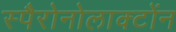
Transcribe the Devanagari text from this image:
स्पैरोनोलाक्टोंन